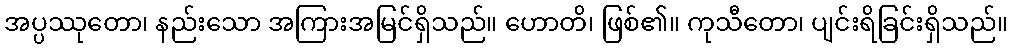
အပ္ပဿုတော၊ နည်းသော အကြားအမြင်ရှိသည်။ ဟောတိ၊ ဖြစ်၏။ ကုသီတော၊ ပျင်းရိခြင်းရှိသည်။